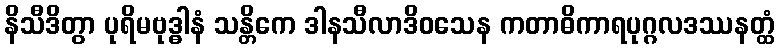
နိသီဒိတွာ ပုရိမဗုဒ္ဓါနံ သန္တိကေ ဒါနသီလာဒိဝသေန ကတာဓိကာရပုဂ္ဂလဒဿနတ္ထံ